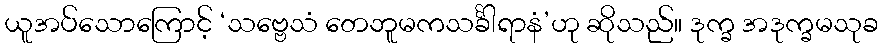
ယူအပ်သောကြောင့် ‘သဗ္ဗေသံ တေဘူမကသင်္ခါရာနံ’ဟု ဆိုသည်။ ဒုက္ခ အဒုက္ခမသုခ